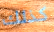
كذلك